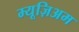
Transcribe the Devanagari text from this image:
म्यूज़िअम